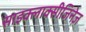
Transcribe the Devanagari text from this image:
साइक्लाक्सीजिनेज़